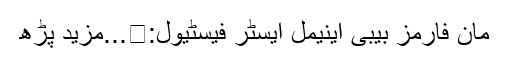
مان فارمز بیبی اینیمل ایسٹر فیسٹیول:	...مزید پڑھ